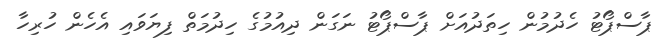
ޕާސްޕޯޓު ހެދުމުން ހިތަދުއަށް ޕާސްޕޯޓު ނަގަން ދިއުމުގެ ހިދުމަތް ފިޔަވައި އެހެން ހުރިހާ